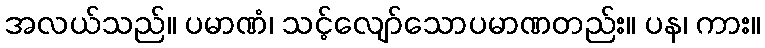
အလယ်သည်။ ပမာဏံ၊ သင့်လျော်သောပမာဏတည်း။ ပန၊ ကား။